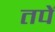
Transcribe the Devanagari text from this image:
तपें